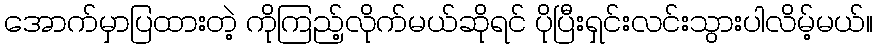
အောက်မှာပြထားတဲ့ ကိုကြည့်လိုက်မယ်ဆိုရင် ပိုပြီးရှင်းလင်းသွားပါလိမ့်မယ်။